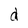
Character: d